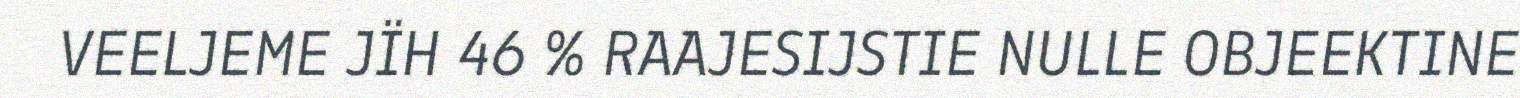
VEELJEME JÏH 46 % RAAJESIJSTIE NULLE OBJEEKTINE